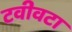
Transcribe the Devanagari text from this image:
टवीवटा